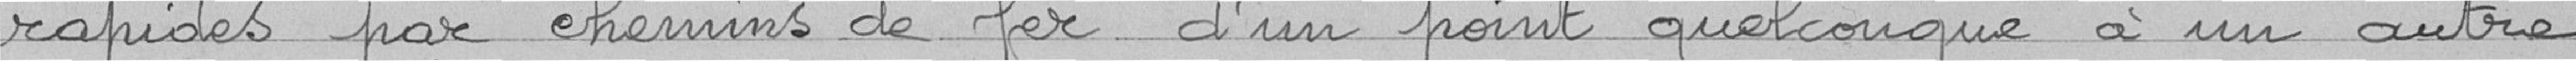
rapides par chemins de fer d'un point quelconque à un autre